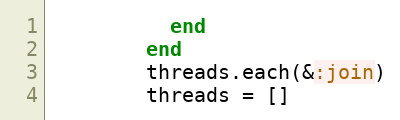
Language: Ruby
          end
        end
        threads.each(&:join)
        threads = []